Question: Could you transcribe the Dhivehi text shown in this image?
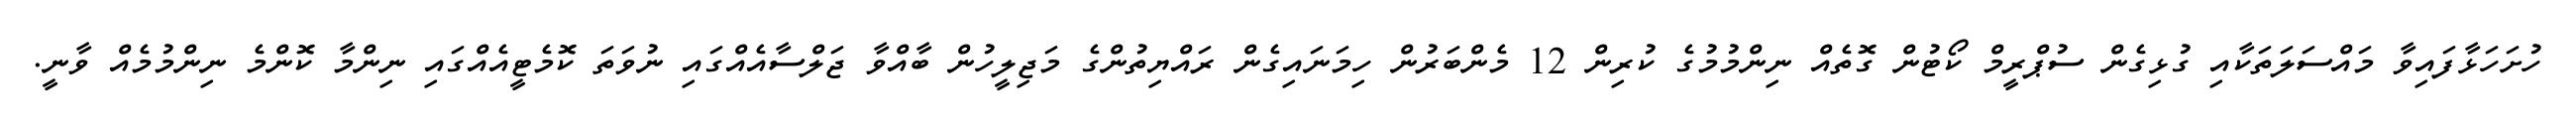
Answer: ހުށަހަޅާފައިވާ މައްސަލަތަކާއި ގުޅިގެން ސުޕްރީމް ކޯޓުން ގޮތެއް ނިންމުމުގެ ކުރިން 12 މެންބަރުން ހިމަނައިގެން ރައްޔިތުންގެ މަޖިލީހުން ބާއްވާ ޖަލްސާއެއްގައި ނުވަތަ ކޮމެޓީއެއްގައި ނިންމާ ކޮންމެ ނިންމުމެއް ވާނީ.